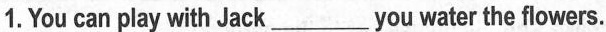
1.You can play with Jack___you water the flowers.